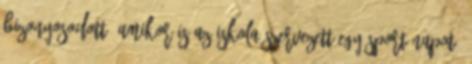
bizonyosodott, amikor is az iskola szervezett egy sport napot,